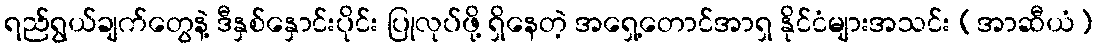
ရည်ရွယ်ချက်တွေနဲ့ ဒီနှစ်နှောင်းပိုင်း ပြုလုပ်ဖို့ ရှိနေတဲ့ အရှေ့တောင်အာရှ နိုင်ငံများအသင်း (အာဆီယံ)